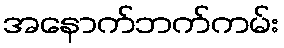
အနောက်ဘက်ကမ်း